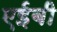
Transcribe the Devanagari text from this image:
एईबी